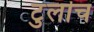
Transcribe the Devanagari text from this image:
टुलॊच